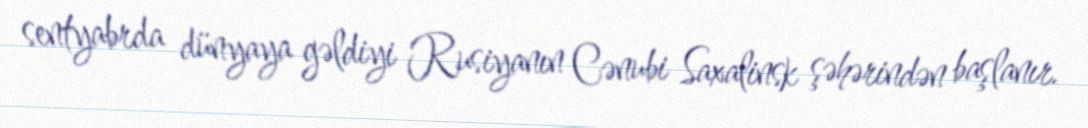
sentyabrda dünyaya gəldiyi Rusiyanın Cənubi Saxalinsk şəhərindən başlanır.